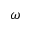
\omega